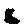
候